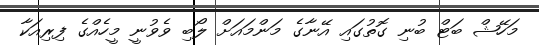
މަހޭޝް ބަޓް ބުނި ގޮތުގައި އޭނާގެ މަންމައަށް ލޯބި ވެވުނީ މީހެއްގެ ފިރިއަކާ